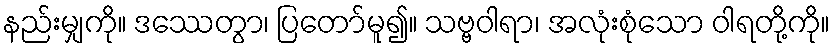
နည်းမျှကို။ ဒဿေတွာ၊ ပြတော်မူ၍။ သဗ္ဗဝါရာ၊ အလုံးစုံသော ဝါရတို့ကို။